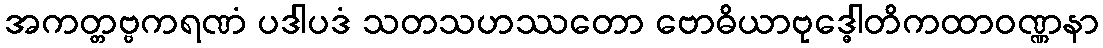
အကတ္တဗ္ဗကရဏံ ပဒါပဒံ သတသဟဿတော ဗောဓိယာဗုဒ္ဓေါတိကထာဝဏ္ဏနာ